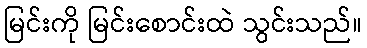
မြင်းကို မြင်းစောင်းထဲ သွင်းသည်။